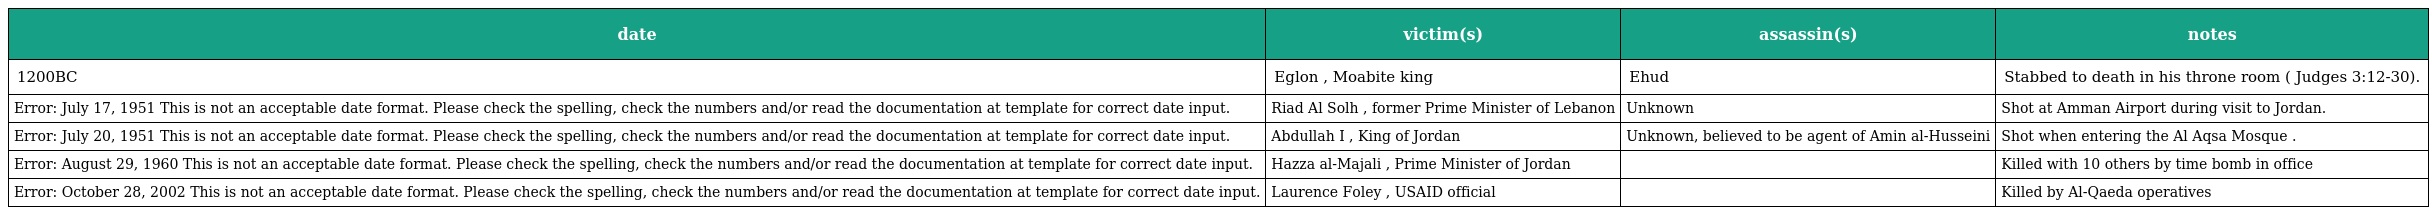
| date | victim(s) | assassin(s) | notes |
 | --- | --- | --- | --- |
 | 1200BC | Eglon , Moabite king | Ehud | Stabbed to death in his throne room ( Judges 3:12-30). |
 | Error: July 17, 1951 This is not an acceptable date format. Please check the spelling, check the numbers and/or read the documentation at template for correct date input. | Riad Al Solh , former Prime Minister of Lebanon | Unknown | Shot at Amman Airport during visit to Jordan. |
 | Error: July 20, 1951 This is not an acceptable date format. Please check the spelling, check the numbers and/or read the documentation at template for correct date input. | Abdullah I , King of Jordan | Unknown, believed to be agent of Amin al-Husseini | Shot when entering the Al Aqsa Mosque . |
 | Error: August 29, 1960 This is not an acceptable date format. Please check the spelling, check the numbers and/or read the documentation at template for correct date input. | Hazza al-Majali , Prime Minister of Jordan |  | Killed with 10 others by time bomb in office |
 | Error: October 28, 2002 This is not an acceptable date format. Please check the spelling, check the numbers and/or read the documentation at template for correct date input. | Laurence Foley , USAID official |  | Killed by Al-Qaeda operatives |